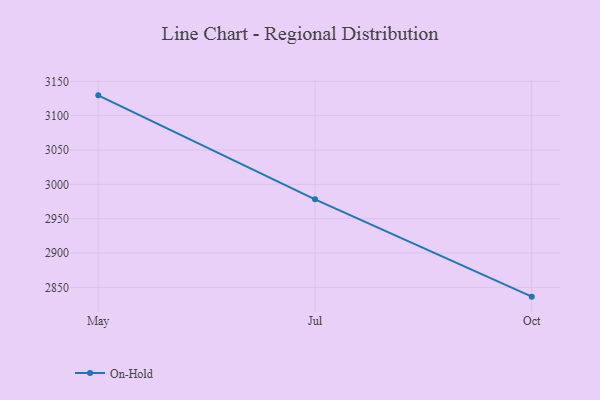
{"axis": {"x": "Month", "y": "Conversion Rate (%)"}, "legend": ["On-Hold"], "data": [{"x": "May", "y": 3129.6, "type": "On-Hold"}, {"x": "Jul", "y": 2978.2, "type": "On-Hold"}, {"x": "Oct", "y": 2836.5, "type": "On-Hold"}]}